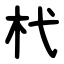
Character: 杙